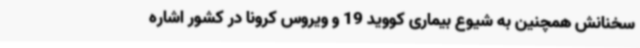
سخنانش همچنین به شیوع بیماری کووید 19 و ویروس کرونا در کشور اشاره